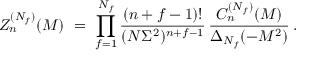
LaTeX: Z _ { n } ^ { ( N _ { f } ) } ( M ) \ = \ \prod _ { f = 1 } ^ { N _ { f } } \frac { ( n + f - 1 ) ! } { ( N \Sigma ^ { 2 } ) ^ { n + f - 1 } } \, \frac { C _ { n } ^ { ( N _ { f } ) } ( M ) } { \Delta _ { N _ { f } } ( - M ^ { 2 } ) } \: .